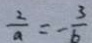
\frac { 2 } { a } = - \frac { 3 } { b }